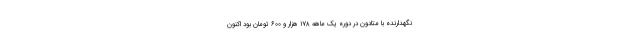
نگهدارنده با متادون در دوره یک ماهه ۱۷۸ هزار و ۶۰۰ تومان بود اکنون